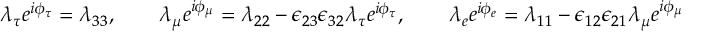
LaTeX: \lambda _ { \tau } e ^ { i \phi _ { \tau } } = \lambda _ { 3 3 } , \qquad \lambda _ { \mu } e ^ { i \phi _ { \mu } } = \lambda _ { 2 2 } - \epsilon _ { 2 3 } \epsilon _ { 3 2 } \lambda _ { \tau } e ^ { i \phi _ { \tau } } , \qquad \lambda _ { e } e ^ { i \phi _ { e } } = \lambda _ { 1 1 } - \epsilon _ { 1 2 } \epsilon _ { 2 1 } \lambda _ { \mu } e ^ { i \phi _ { \mu } }